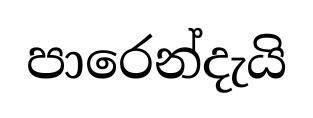
පාරෙන්දැයි